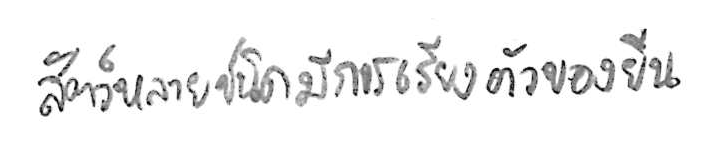
สัตว์หลายชนิดมีการเรียงตัวของยีน